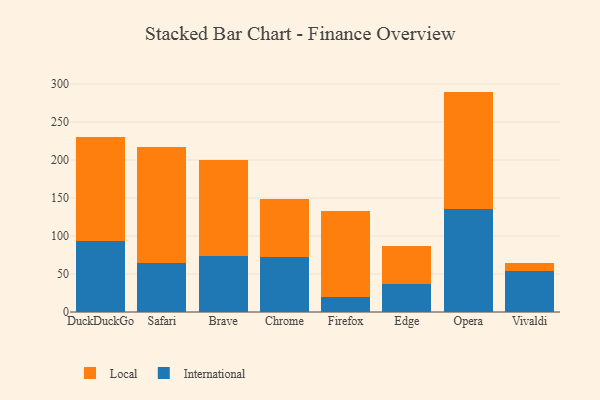
{"axis": {"x": "Browser", "y": "Waste Production (Tons)"}, "legend": ["International", "Local"], "data": [{"x": "DuckDuckGo", "y": 93.0, "type": "International"}, {"x": "DuckDuckGo", "y": 137.1, "type": "Local"}, {"x": "Safari", "y": 64.6, "type": "International"}, {"x": "Safari", "y": 151.9, "type": "Local"}, {"x": "Brave", "y": 73.1, "type": "International"}, {"x": "Brave", "y": 127.1, "type": "Local"}, {"x": "Chrome", "y": 72.4, "type": "International"}, {"x": "Chrome", "y": 76.3, "type": "Local"}, {"x": "Firefox", "y": 19.8, "type": "International"}, {"x": "Firefox", "y": 112.9, "type": "Local"}, {"x": "Edge", "y": 36.7, "type": "International"}, {"x": "Edge", "y": 50.3, "type": "Local"}, {"x": "Opera", "y": 135.9, "type": "International"}, {"x": "Opera", "y": 154.1, "type": "Local"}, {"x": "Vivaldi", "y": 54.6, "type": "International"}, {"x": "Vivaldi", "y": 10.1, "type": "Local"}]}